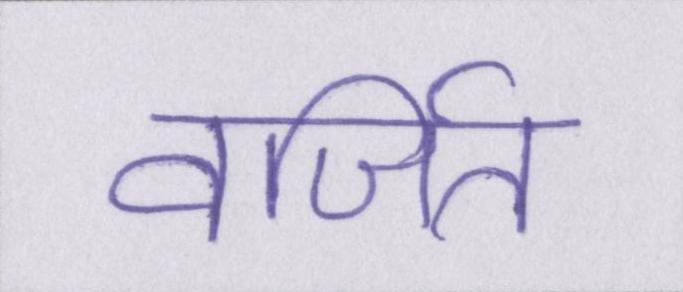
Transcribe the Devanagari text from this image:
वर्जित